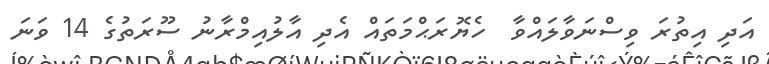
އަދި އިތުރަ ވިސްނަވާލައްވާ  ހެޔޮރަޙްމަތައް އެދި އާލުއިމްރާނު ސޫރަތުގެ 14 ވަނަ